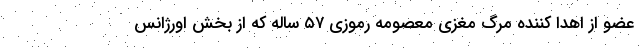
عضو از اهدا کننده مرگ مغزی معصومه رموزی ۵۷ ساله که از بخش اورژانس